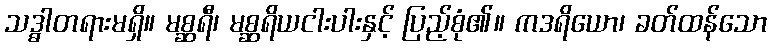
သဒ္ဓါတရားမရှိ။ မစ္ဆရီ၊ မစ္ဆရိယငါးပါးနှင့် ပြည့်စုံ၏။ ကဒရိယော၊ ခတ်ထန်သော